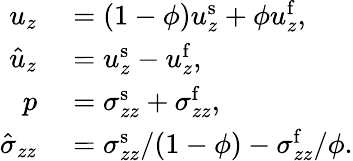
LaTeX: \begin{array}{rl}{u_{z}}&{{}=(1-\phi)u_{z}^{\mathrm{s}}+\phi u_{z}^{\mathrm{f}},}\\ {\hat{u}_{z}}&{{}=u_{z}^{\mathrm{s}}-u_{z}^{\mathrm{f}},}\\ {p}&{{}=\sigma_{zz}^{\mathrm{s}}+\sigma_{zz}^{\mathrm{f}},}\\ {\hat{\sigma}_{zz}}&{{}=\sigma_{zz}^{\mathrm{s}}/(1-\phi)-\sigma_{zz}^{\mathrm{f}}/\phi.}\end{array}